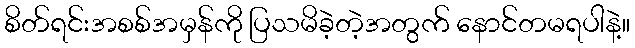
စိတ်ရင်းအစစ်အမှန်ကို ပြသမိခဲ့တဲ့အတွက် နောင်တမရပါနဲ့။